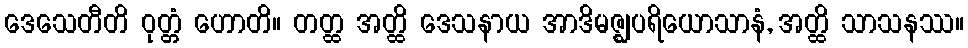
ဒေသေတီတိ ဝုတ္တံ ဟောတိ။ တတ္ထ အတ္ထိ ဒေသနာယ အာဒိမဇ္ဈပရိယောသာနံ, အတ္ထိ သာသနဿ။